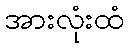
အားလုံးထံ